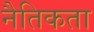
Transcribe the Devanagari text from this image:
नैतिकता